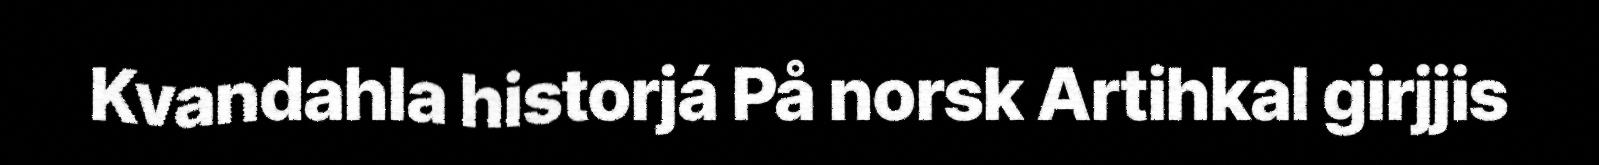
Kvandahla historjá På norsk Artihkal girjjis